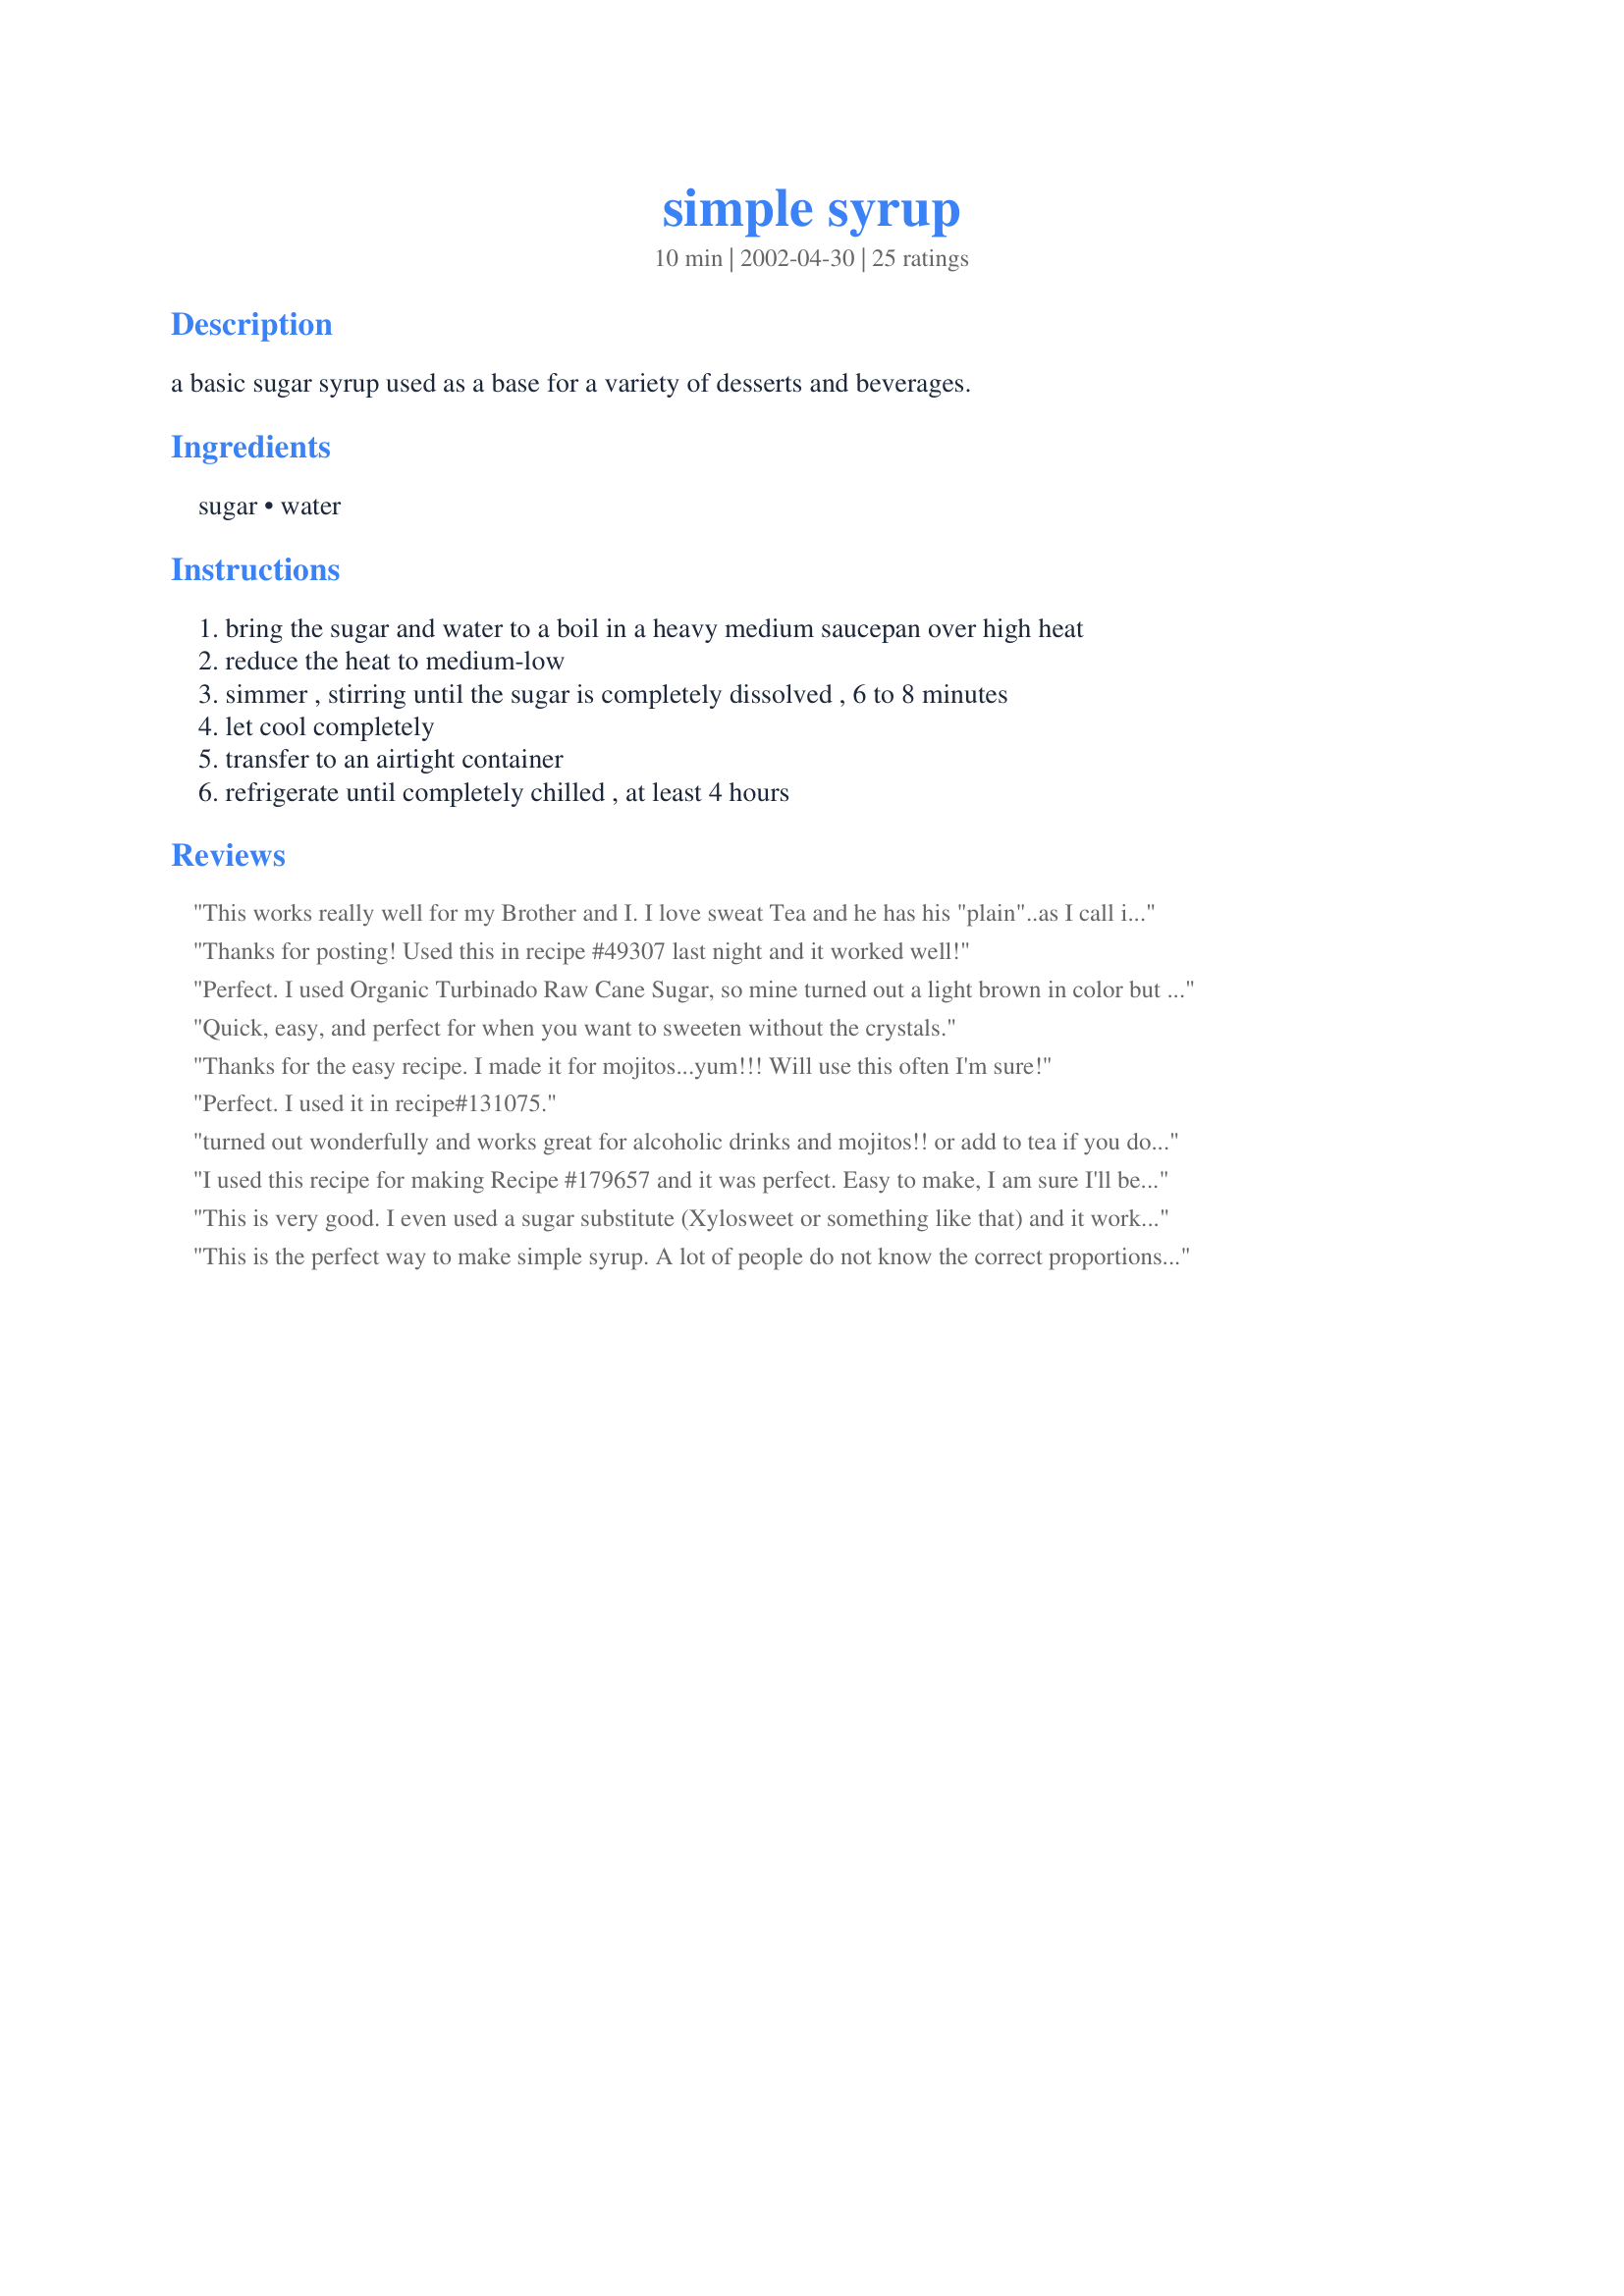
simple syrup
Preparation time: 10 minutes

a basic sugar syrup used as a base for a variety of desserts and beverages.

Ingredients:
sugar, water

Steps:
bring the sugar and water to a boil in a heavy medium saucepan over high heat, reduce the heat to medium-low, simmer , stirring until the sugar is completely dissolved , 6 to 8 minutes, let cool completely, transfer to an airtight container, refrigerate until completely chilled , at least 4 hours

Reviews:
This works really well for my Brother and I. I love sweat Tea and he has his "plain"..as I call it. So we may keep a pitcher of unsweat Tea in the refrig. and both can be happy. Thank You for posting..Hugs
Thanks for posting! Used this in recipe #49307 last night and it worked well!
Perfect. I used Organic Turbinado Raw Cane Sugar, so mine turned out a light brown in color but is VERY tasty. I also added Vanilla flavoring with great results. THANKS
Quick, easy, and perfect for when you want to sweeten without the crystals.
Thanks for the easy recipe. I made it for mojitos...yum!!! Will use this often I'm sure!
Perfect. I used it in recipe#131075.
turned out wonderfully and works great for alcoholic drinks and mojitos!! or add to tea if you dont' like the settling sugar granules!!
I used this recipe for making Recipe #179657 and it was perfect. Easy to make, I am sure I'll be falling back on this recipe anytime I need simple syrup. Thanks for posting!
This is very good. I even used a sugar substitute (Xylosweet or something like that) and it worked great for another recipe for Whiskey Sours. Thanks for posting!
This is the perfect way to make simple syrup. A lot of people do not know the correct proportions. This is correct... equal parts of each. I use simple syrup in mixed drinks, and most recently I used it to make Recipe #131075. I&#039;m sure there are many people that will find this recipe helpful. Thank you for posting. (Made for Name That Ingredient tag)
I vote this the easiest recipe on Zaar! I use this simple syrup for the perfect summertime Mojito (along with fresh mint from my garden). Cheers! Thanks for posting.
For some reason I just prefer to use this instead of sugar in my drinks you can be sure that everythings dissolved and there's no extra at the bottom of the jug, it's a great recipe to have on hand :)
The name says it all--simple. I made this to use with recipe #131075. The directions were perfect. Thanks for taking the time to post this recipe.
A terrific simple syrup recipe to use for beverages, moistening cake layers and any recipe calling for simple syrup. Thanks for posting.
:) Burnice
Just what I needed to know! Straighforward and simple. Thanks!
This turned out just right. I made it with an equal amount of Splenda instead of sugar. I added 5 tablespoons of vanilla. Good in coffee! As well as, iced skim milk. Next time I shall try it with a new flavoring I have just discovered, called Bourbon-Vanilla. Then on and on with no limit. This is cheaper then the coffee flavorings found in stores. Although Splenda is not cheap, I still think this is the way to go and it's quick.
I have discovered that if you boil the water in a kettle first, then mix the water and sugar, you don't need to cook it for 7 mins (too hot to have the stove on!) Works great.
very nice
I use simple syrup mainly to sweeten iced tea, and brush on loaves after baking. I've seen "gourmet" shops selling simple syrup for $5 a bottle...lol.
I always have a stash of this in the fridge. During the holidays I first simmer the water with ample mulling spices till I have a fairly strong concentrate, THEN add the sugar and proceed with the recipe.

Then, you can heat up apple juice, rum, wine, or whatever, and add the spiced simple syrup to make a wonderful holiday beverage whenever you want!

I love to make hot buttered rum using this!!
Perfect! This is just what I was looking for. Thanks for taking the time to post, Sharlene!
I used this recipe to make some caramel popcorn when I did not have the corn syrup I needed. It turned out great and I don't think I need to buy corn syrup anymore.
A great syrup to use in all your cocktail recipes. This is great because it doesn't make alot of syrup.
Thanks for the basic recipe. It is one of those things that if you only make it rarely that you forget the proportions!
Went to make a lemon drop martinin and it called for simple syrup. Had no idea what it was then found this recipe. Worked like a charm and soooo easy to make. Now I've a small container sitting in the fridge so I can have a repeat performance - YUM!
